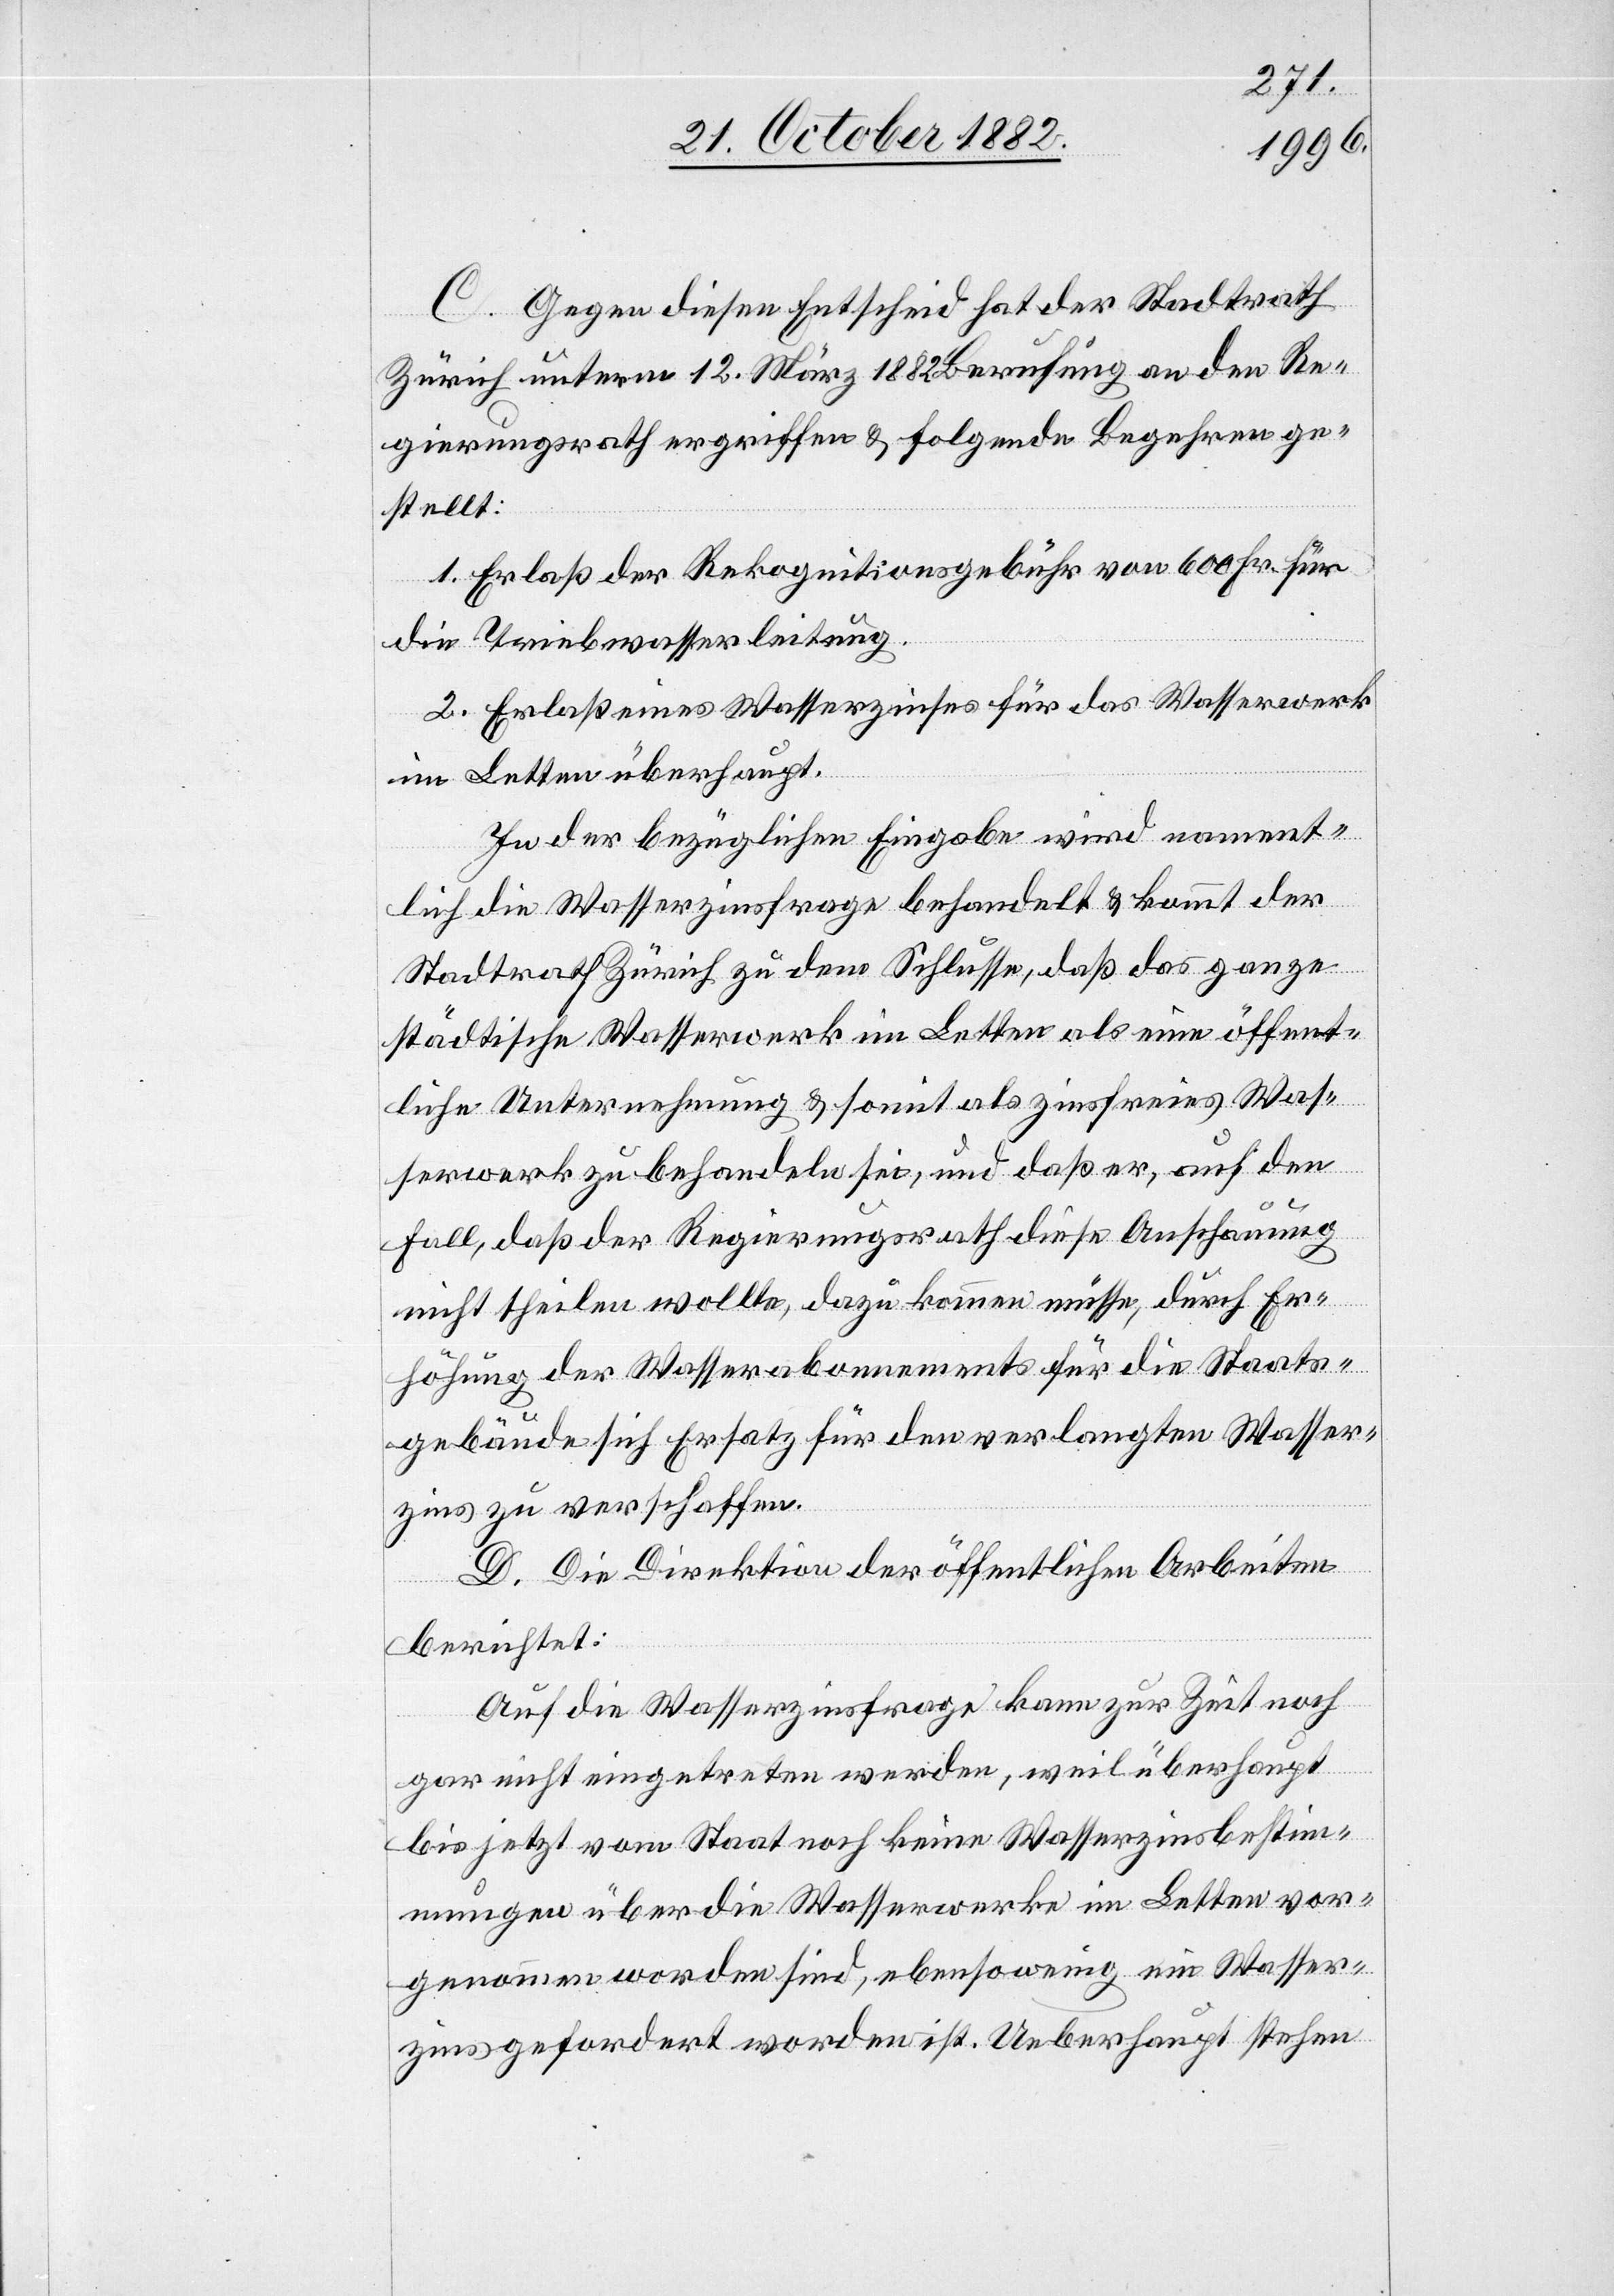
C. Gegen diesen Entscheid hat der Stadtrath
Zürich unterm 12. März 1882 Berufung an den Re¬
gierungsrath ergriffen & folgende Begehren ge¬
stellt:
1. Erlaß der Rekognitionsgebühr von 600 Fr. für
die Triebwasserleitung.
2. Erlaß eines Wasserzinses für das Wasserwerk
im Letten überhaupt.
In der bezüglichen Eingabe wird nament¬
lich die Wasserzinsfrage behandelt & kommt der
Stadtrath Zürich zu dem Schlusse, daß das ganze
städtische Wasserwerk im Letten als eine öffent¬
liche Unternehmung & somit als zinsfreies Was¬
serwerk zu behandeln sei, und daß er, auf den
Fall, daß der Regierungsrath diese Anschauung
nicht theilen wollte, dazu kommen müsse, durch Er¬
höhung des Wasserabonnements für die Staats¬
gebühren sich Ersatz für den verlangten Wasser¬
zins zu verschaffen.
D. Die Direktion der öffentlichen Arbeiten
berichtet:
Auf die Wasserzinsfrage kann zur Zeit noch
gar nicht eingetreten werden, weil überhaupt
bis jetzt vom Staat noch keine Wasserzinsbestim¬
mungen über die Wasserwerke im Letten vor¬
genommen worden sind, ebensowenig ein Wasser¬
zins gefordert worden ist. Ueberhaupt stehen